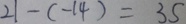
2 1 - ( - 1 4 ) = 3 5